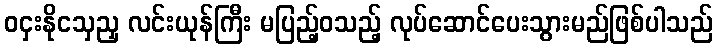
ဝငှးနိုငသှညှ လင်းယုန်ကြီး မပြည့်ဝသည့် လုပ်ဆောင်ပေးသွားမည်ဖြစ်ပါသည်